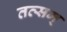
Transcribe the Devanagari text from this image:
तत्सम्